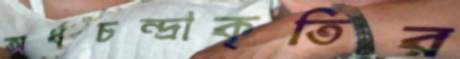
অর্ধচন্দ্রাকৃতির